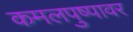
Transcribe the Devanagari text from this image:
कमलपुष्पावर